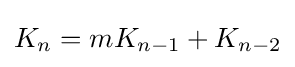
K_{n}=mK_{n-1}+K_{n-2}